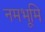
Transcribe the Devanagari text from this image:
नमभूमि